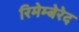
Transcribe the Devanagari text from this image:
रिमेम्बेरेद